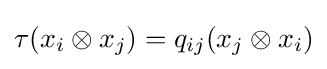
\tau (x_{i}\otimes x_{j})=q_{ij}(x_{j}\otimes x_{i})